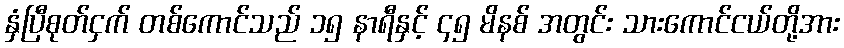
နှံပြီစုတ်ငှက် တစ်ကောင်သည် ၁၅ နာရီနှင့် ၄၅ မိနစ် အတွင်း သားကောင်ငယ်တို့အား